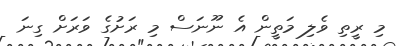
މި ރީތި ވެލި މަތީން އެ ނޫނަސް މި ރަށުގެ ވަރަށް ގިނަ